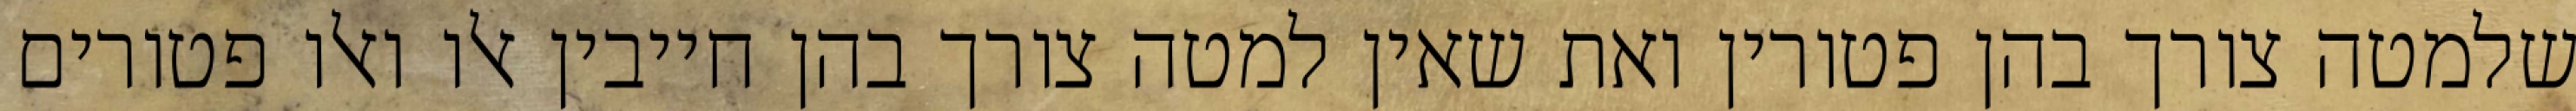
שלמטה צורך בהן פטורין ואת שאין למטה צורך בהן חייבין אלו ואלו פטורים